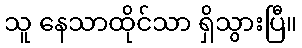
သူ နေသာထိုင်သာ ရှိသွားပြီ။